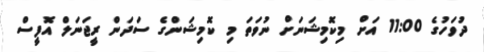
ދުވަހުގެ 11:00 އަށް މިކޮމިޝަނަށް ނުވަތަ މި ކޮމިޝަންގެ ސަދަން ރީޖަނަލް އޮފީސް